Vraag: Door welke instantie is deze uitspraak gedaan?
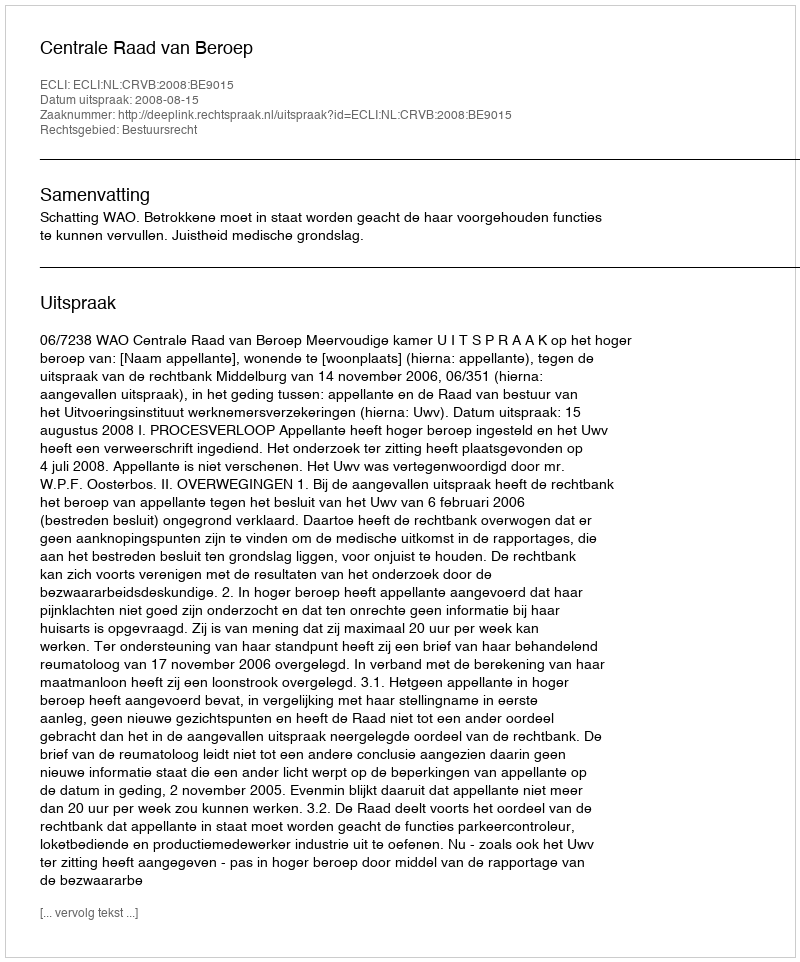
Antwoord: Centrale Raad van Beroep